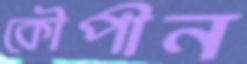
কৌপীন